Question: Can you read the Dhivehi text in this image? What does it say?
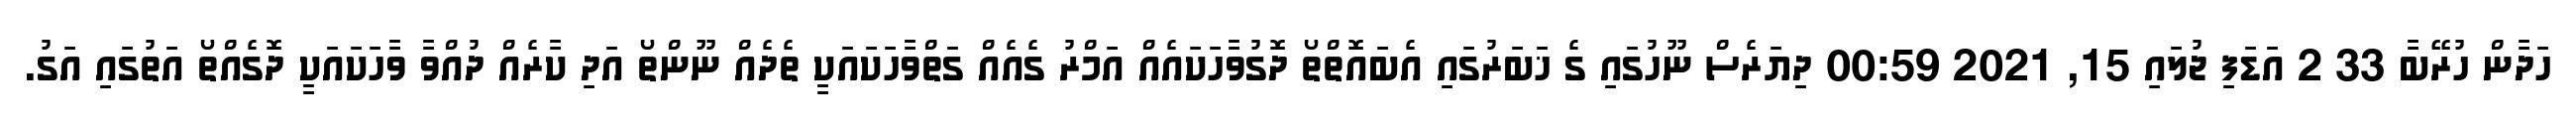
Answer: ހަދާން ހުރޭބާ 33 2 އަޑަފި ޖުލައި 15, 2021 00:59 ދިޔަރެސް ނޫހުގައި ގެ ޚަބަރުގައި އެބައޮތްތޯ ދޮގުވާހަކައެއް އަމްރު ގެއެއް ގަތްވާހަކައަކީ ތެދެއް ނޫންތޯ އަދި ކާރެއް ދުއްވާ ވާހަކައަކީ ދޮގެއްތޯ އަތުގައި އަގު.